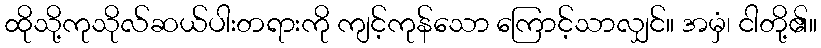
ထိုသို့ကုသိုလ်ဆယ်ပါးတရားကို ကျင့်ကုန်သော ကြောင့်သာလျှင်။ အမှံ၊ ငါတို့၏။